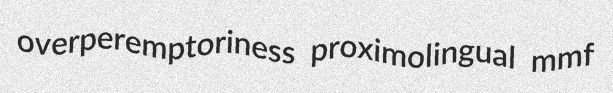
overperemptoriness proximolingual mmf